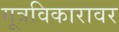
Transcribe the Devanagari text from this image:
मूत्रविकारावर